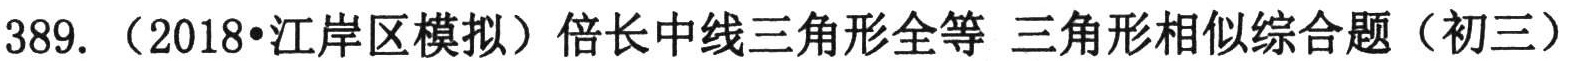
389. （2018•江岸区模拟）倍长中线三角形全等 三角形相似综合题（初三）